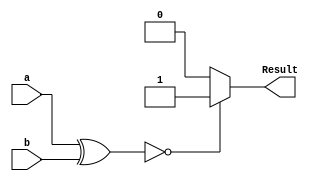
module comparator (a, b, Result);
    input [3:0] a;
    input [3:0] b;
 
    output reg Result;
 
    wire [3:0] c;
   
   assign c = a ^ b;
 
   always @(c)
        begin
            if (c == 4'b0000)
                    Result <= 1;
            else
                    Result <= 0;
        end
endmodule